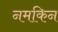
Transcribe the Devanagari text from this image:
नमकिन